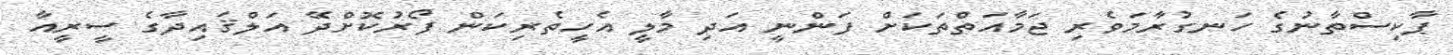
ޕާކިސްތާނުގެ ހަނގުރާމަވެރި ޖަމާއަތްތަކަށް ފަންނީ އަދި މާލީ އެހީތެރިކަން ފޯރުކޮށްދޭ އަލްޤައިދާގެ ސީރީއާ